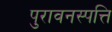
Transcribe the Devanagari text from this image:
पुरावनस्पत्ति